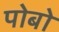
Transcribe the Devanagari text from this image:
पोबो